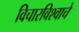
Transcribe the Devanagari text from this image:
विचारविश्वाचे